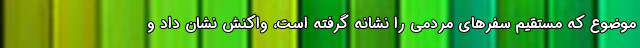
موضوع که مستقیم سفرهای مردمی را نشانه گرفته است، واکنش نشان داد و